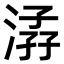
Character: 𣹏